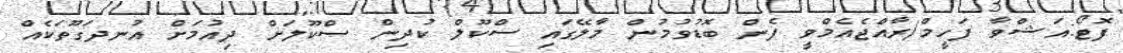
ފޮޓޯ:އަޝްވާ ފަހީމް/ރާއްޖެއެމްވީ ފެން ބޮޑުވުމުން މާލޭގައި ސްކޫލް ކުދިން ސްކޫލަށް ދިއުމަށް އުނދަގޫތަކެއް